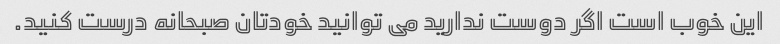
این خوب است اگر دوست ندارید می توانید خودتان صبحانه درست کنید.